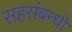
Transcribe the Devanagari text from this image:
सहसंबन्धी